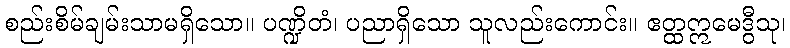
စည်းစိမ်ချမ်းသာမရှိသော။ ပဏ္ဍိတံ၊ ပညာရှိသော သူလည်းကောင်း။ ဧတ္ထဣမေဒွီသု၊